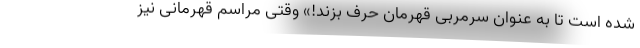
شده است تا به عنوان سرمربی قهرمان حرف بزند!» وقتی مراسم قهرمانی نیز